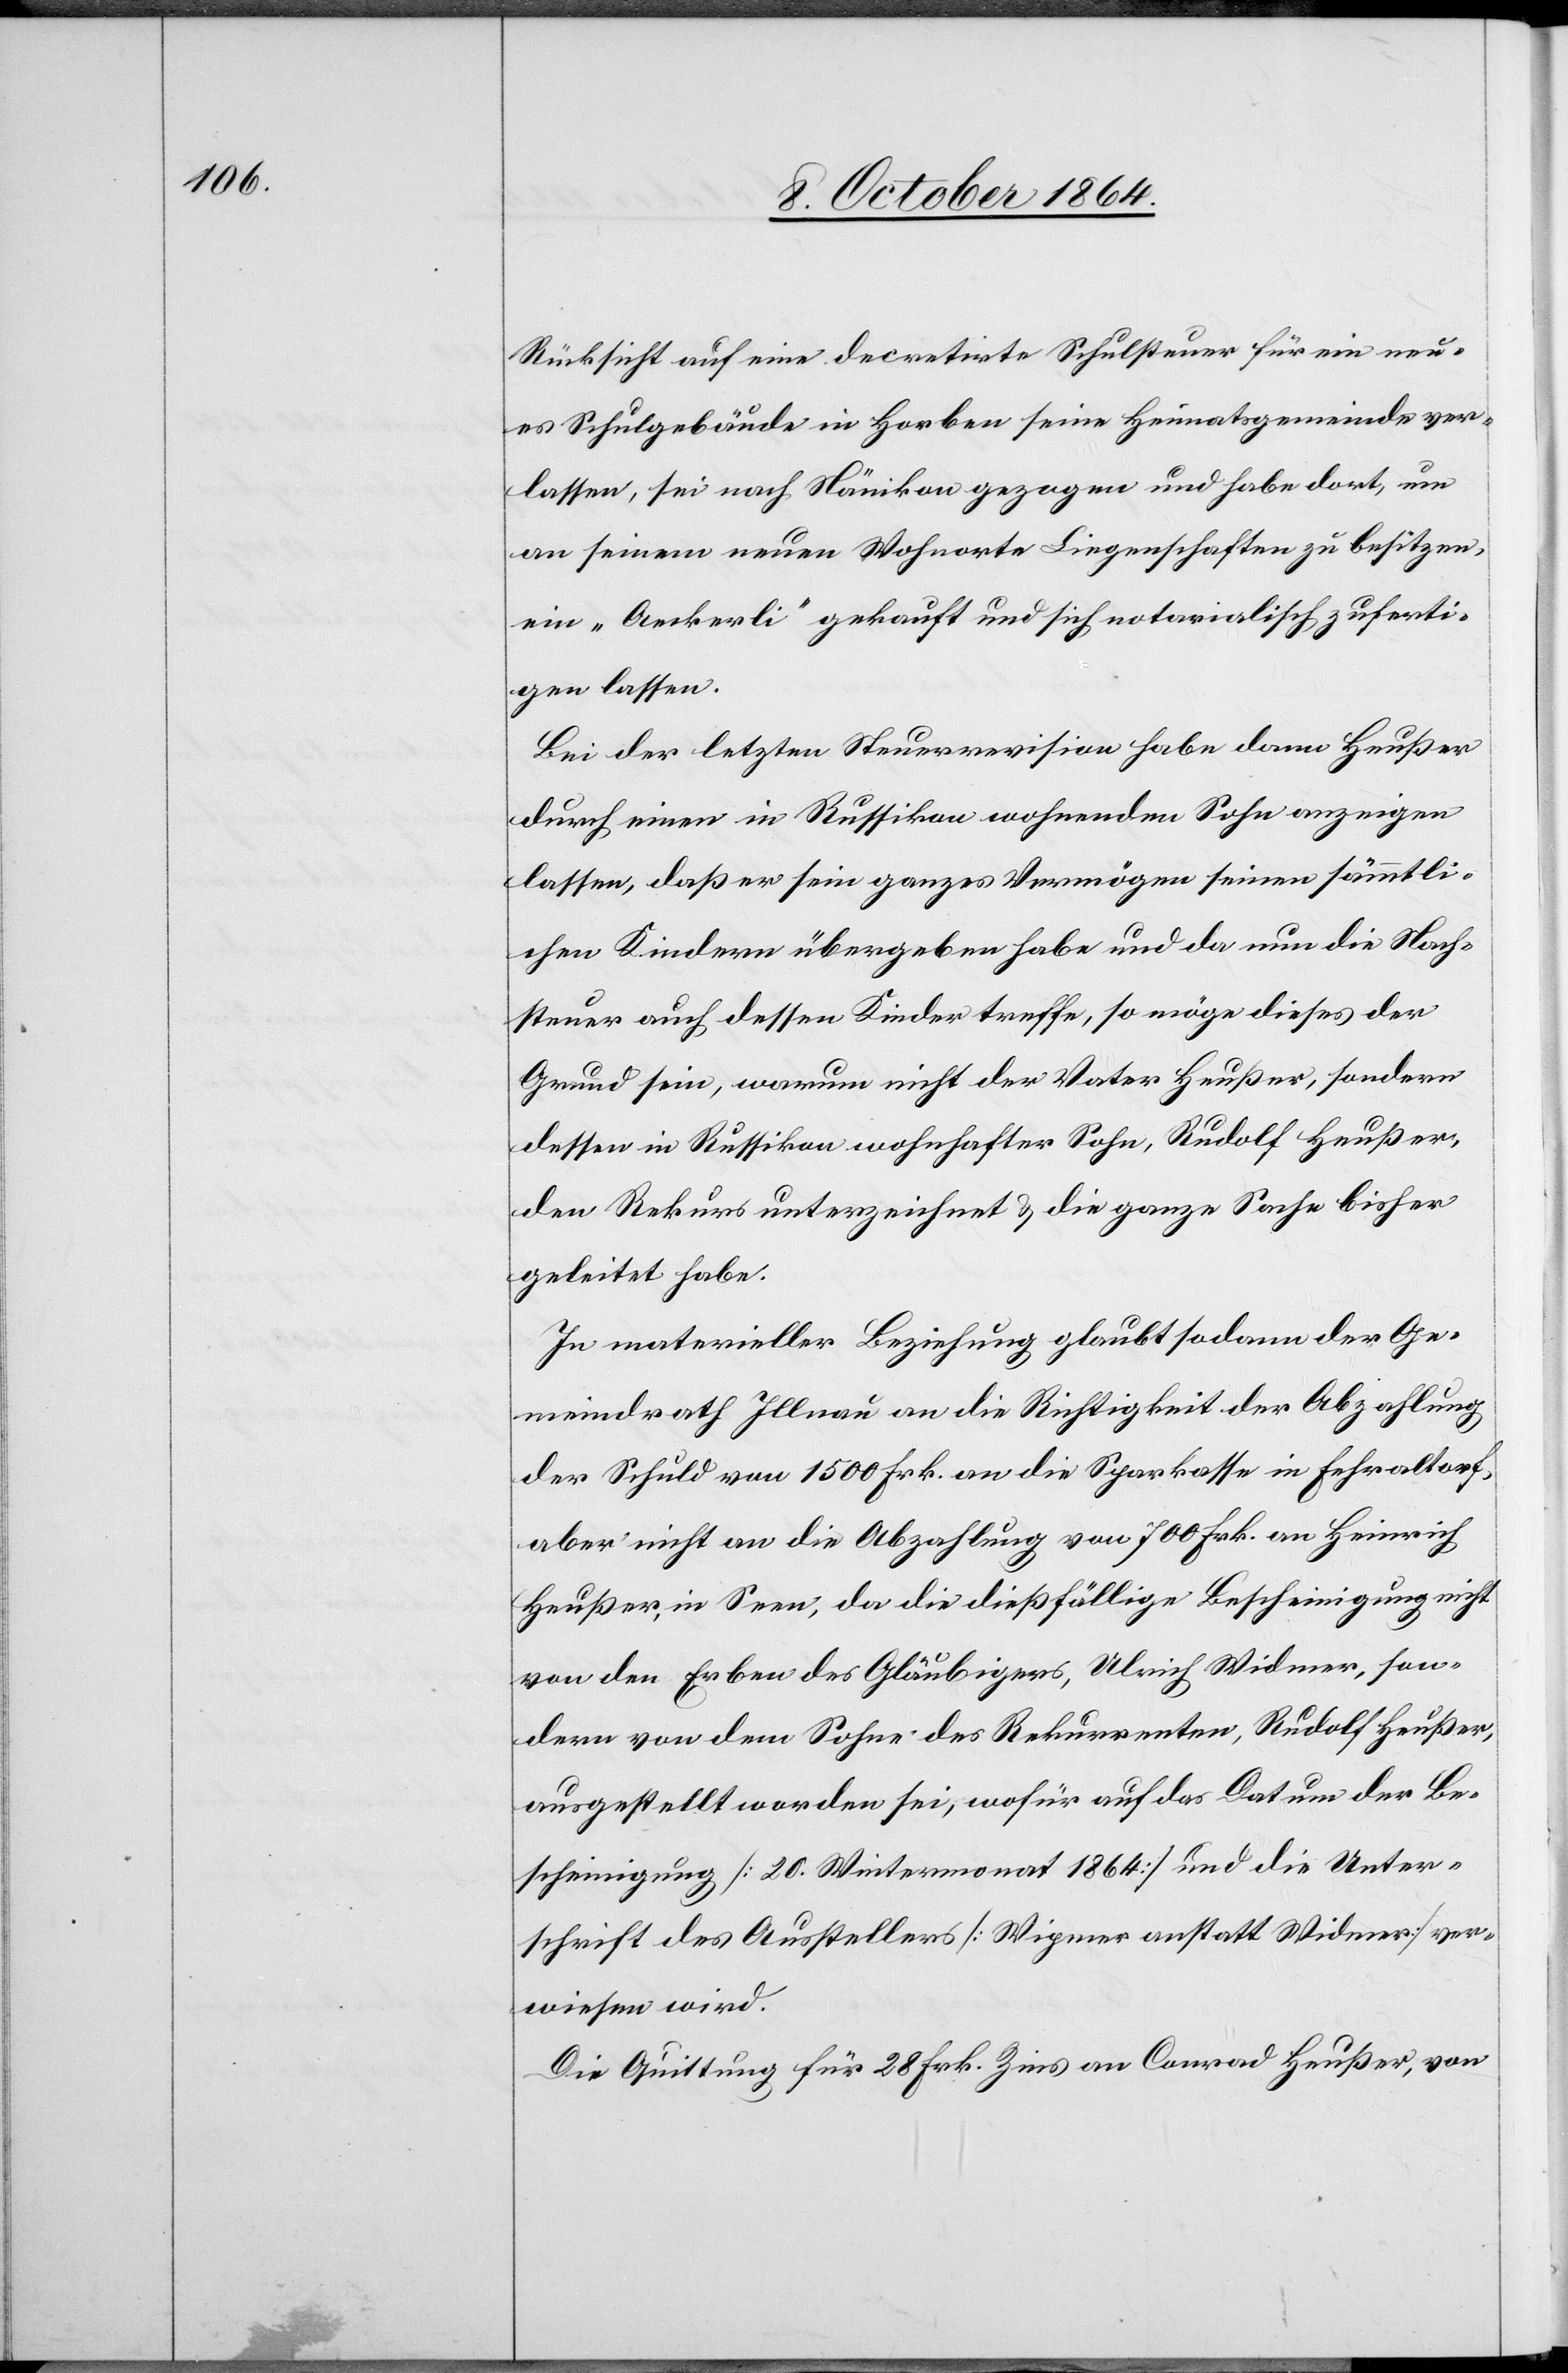
Rücksicht auf eine decretirte Schulsteuer für ein neu¬
es Schulgebäude in Horben seine Heimatsgemeinde ver¬
lassen, sei nach Nänikon gezogen und habe dort, um
an seinem neuen Wohnorte Liegenschaften zu besitzen
ein „Aeckerli“ gekauft und sich notarialisch zuferti¬
gen lassen.
Bei der letzten Steuerrevision habe dann Heußer
durch einen in Russikon wohnenden Sohn anzeigen
lassen, daß er sein ganzes Vermögen seinen sämmtli¬
chen Kindern übergeben habe und da nun die Nach¬
steuer auch dessen Kinder treffe, so möge dieses der
Grund sein, warum nicht der Vater Heußer, sondern
dessen in Russikon wohnhafter Sohn, Rudolf Heußer,
den Rekurs unterzeichnet & die ganze Sache bisher
geleitet habe.
In materieller Beziehung glaubt sodann der Ge¬
meindrath Illnau an die Richtigkeit der Abzahlung
der Schuld von 1 500 Frk. an die Sparkasse in Fehraltorf,
aber nicht an die Abzahlung von 700 Frk. an Heinrich
Heußer, in Seen, da die dießfällige Bescheinigung nicht
sondern von dem Sohn des Rekurrenten, Rudolf Heußer,
ausgestellt worden sei, wofür auf das Datum der Be¬
scheinigung [20. Wintermonat 1864] und die Unter¬
schrift des Ausstellers [Wipmer anstatt Widmer] ver¬
wiesen wird.
Die Quittung für 28 Frk. Zins an Conrad Heußer, von